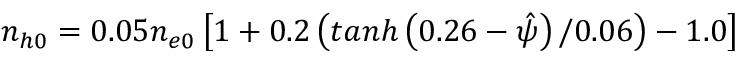
n _ { h 0 } = 0 . 0 5 n _ { e 0 } \left[ 1 + 0 . 2 \left( t a n h \left( 0 . 2 6 - \hat { \psi } \right) / 0 . 0 6 \right) - 1 . 0 \right]